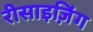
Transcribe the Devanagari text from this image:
रीसाइज़िंग